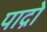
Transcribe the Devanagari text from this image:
पाद्रो